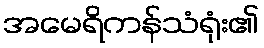
အမေရိကန်သံရုံး၏